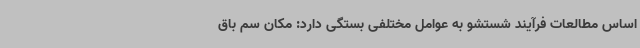
اساس مطالعات فرآیند شستشو به عوامل مختلفی بستگی دارد: مکان سم باق